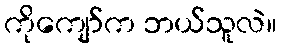
ကိုကျော်က ဘယ်သူလဲ။